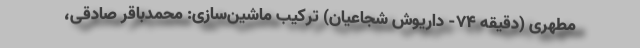
مطهری (دقیقه ۷۴- داریوش شجاعیان) ترکیب ماشین‌سازی: محمدباقر صادقی،